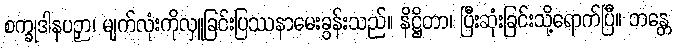
စက္ခုဒါနပဉှာ၊ မျက်လုံးကိုလှူခြင်းပြဿနာမေးခွန်းသည်။ နိဋ္ဌိတာ၊ ပြီးဆုံးခြင်းသို့ရောက်ပြီ။ ဘန္တေ